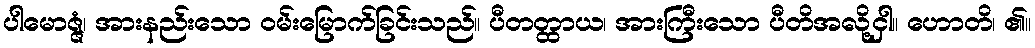
ပါမောဇ္ဇံ၊ အားနည်းသော ဝမ်းမြောက်ခြင်းသည်။ ပီတတ္ထာယ၊ အားကြီးသော ပီတိအလို့ငှါ။ ဟောတိ၊ ၏။